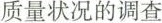
质量状况的调查